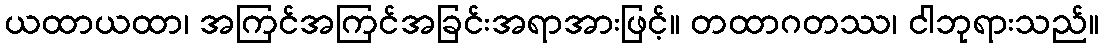
ယထာယထာ၊ အကြင်အကြင်အခြင်းအရာအားဖြင့်။ တထာဂတဿ၊ ငါဘုရားသည်။